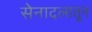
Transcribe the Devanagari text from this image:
सेनादलातून